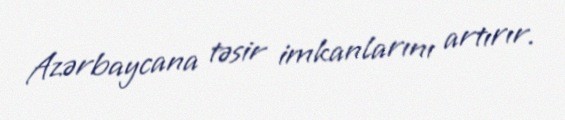
Azərbaycana təsir imkanlarını artırır.